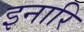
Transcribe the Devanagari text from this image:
इनारि